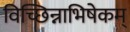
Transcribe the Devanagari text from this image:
विच्छिन्नाभिषेकम्